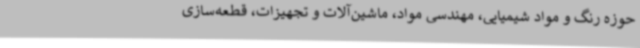
حوزه رنگ و مواد شیمیایی، مهندسی مواد، ماشین‌آلات و تجهیزات، قطعه‌سازی